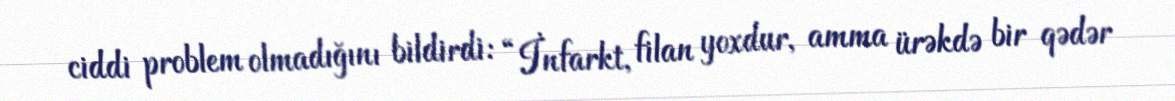
ciddi problem olmadığını bildirdi: “İnfarkt, filan yoxdur, amma ürəkdə bir qədər